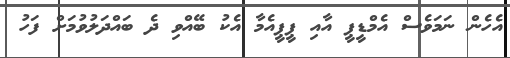
އެހެން ނަމަވެސް އެމްޑީޕީ އާއި ޕީޕީއެމާ އެކު ބޭއްވި ދެ ބައްދަލުވުމަށް ފަހު